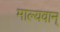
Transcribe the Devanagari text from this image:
माल्यवान्